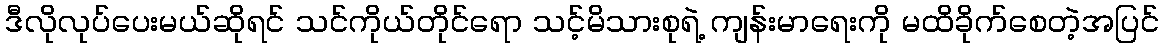
ဒီလိုလုပ်ပေးမယ်ဆိုရင် သင်ကိုယ်တိုင်ရော သင့်မိသားစုရဲ့ ကျန်းမာရေးကို မထိခိုက်စေတဲ့အပြင်